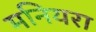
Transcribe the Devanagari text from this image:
मनियरा